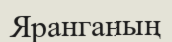
Яранганың